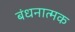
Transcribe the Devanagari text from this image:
बंधनात्मक